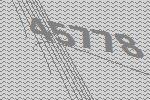
45778